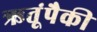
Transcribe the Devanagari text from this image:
ऋतूंपैकी